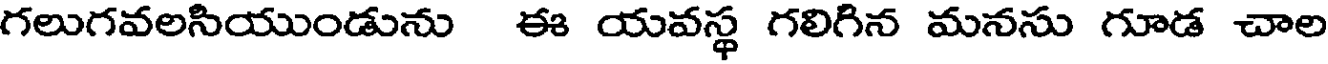
గలుగవలసియుండును ఈ యవస్థ గలిగిన మనసు గూడ చాల